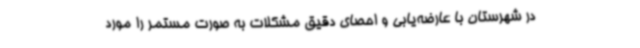
در شهرستان با عارضه‌یابی و احصای دقیق مشکلات به صورت مستمر را مورد